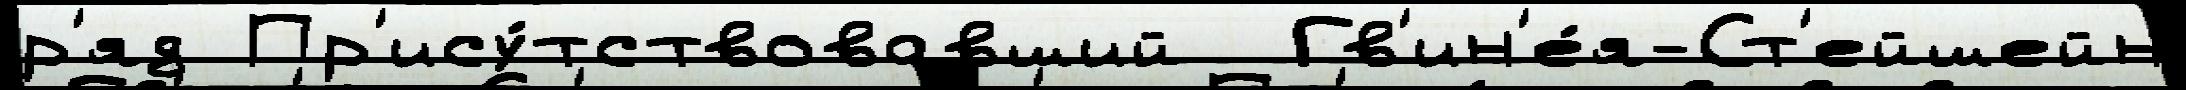
р'яд Пр'ису́тствовавший  Гв'ин'е́я-Ст'ейшейн